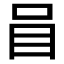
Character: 𱒒